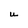
Character: u